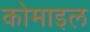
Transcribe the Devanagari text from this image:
कोमाइल